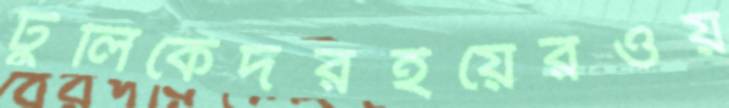
টুলিকেদরইয়েরওয়